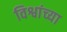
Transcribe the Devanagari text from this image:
विश्वांच्या